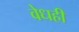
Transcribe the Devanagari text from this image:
वेधही